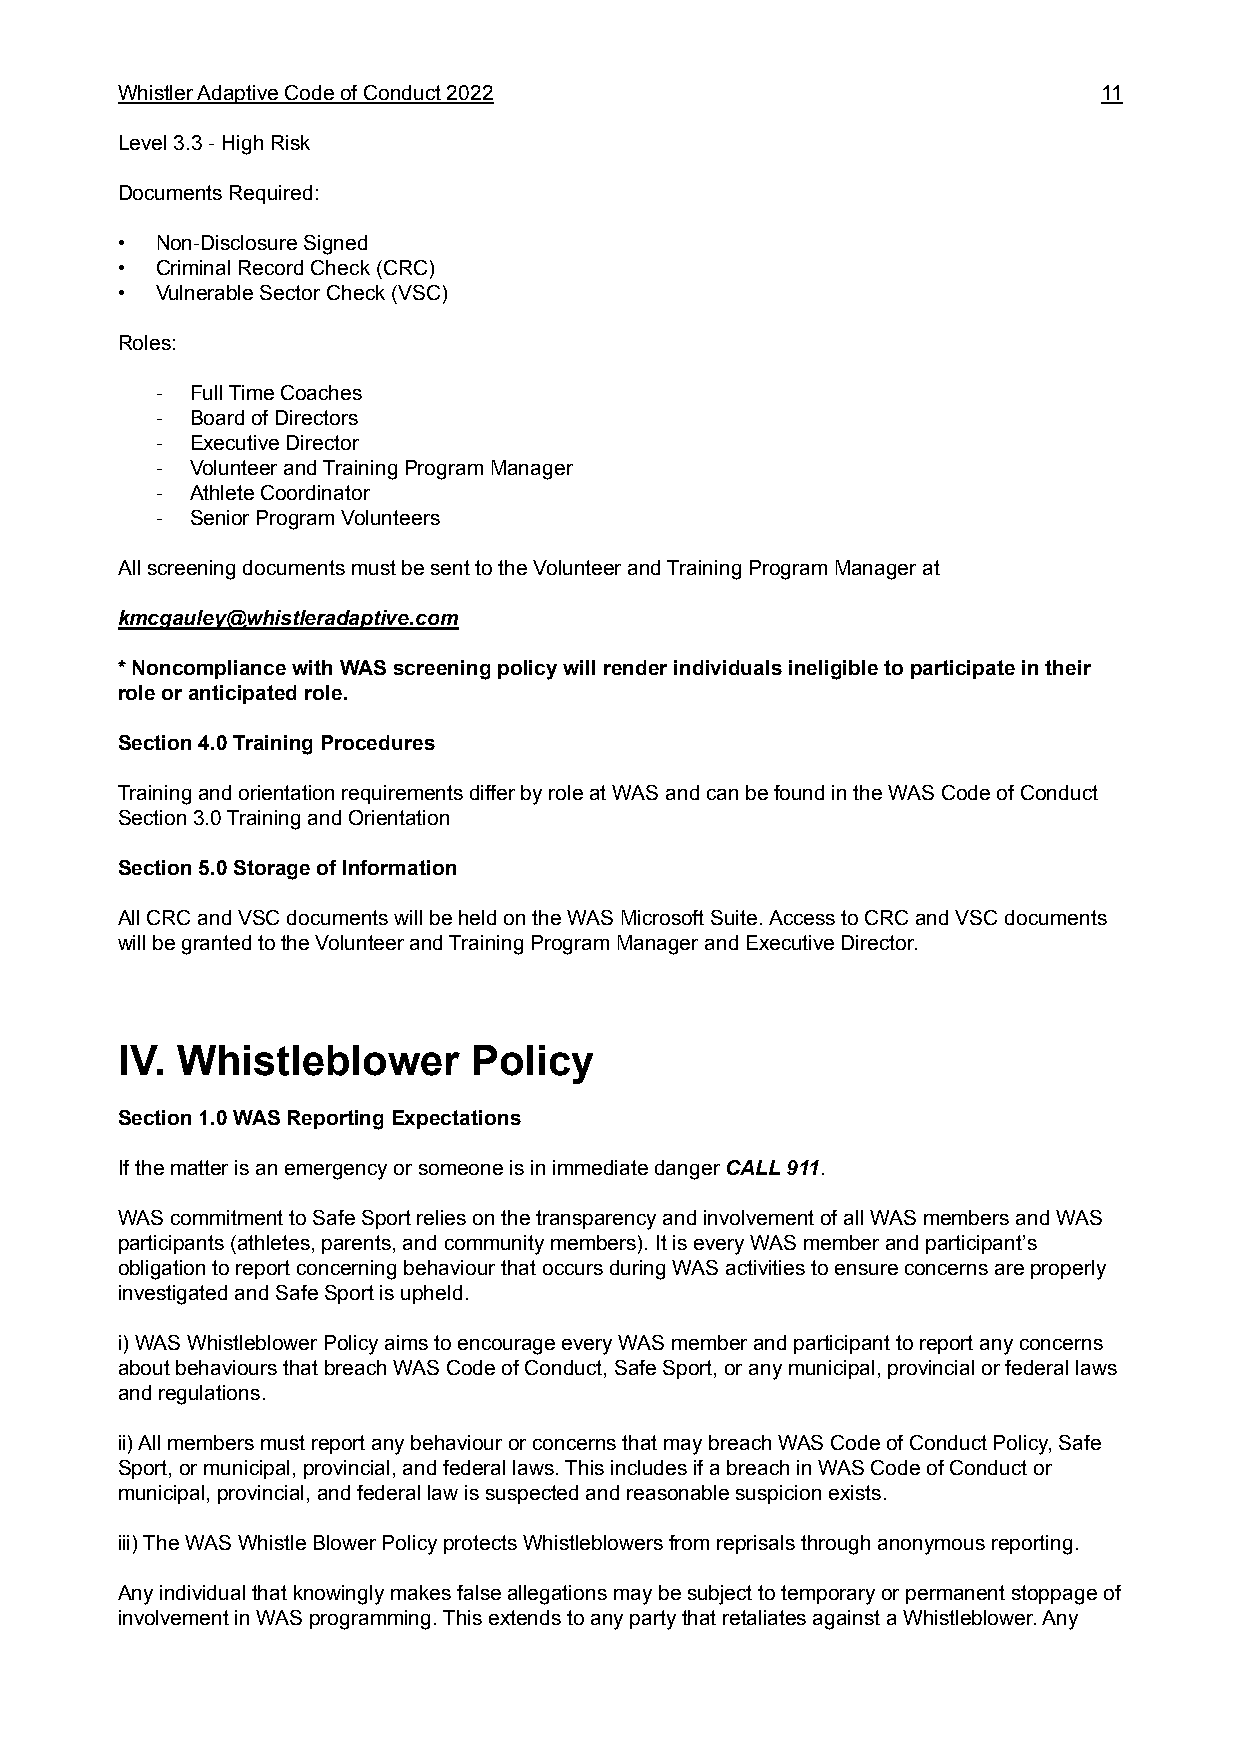
WhistlerAdaptiveCodeofConduct2022                                11
 Level3.3-HighRisk
 DocumentsRequired:
 • Non-DisclosureSigned
 • CriminalRecordCheck(CRC)
 • VulnerableSectorCheck(VSC)
 Roles:
 -  FullTimeCoaches
 -  BoardofDirectors
 -  ExecutiveDirector
 -  VolunteerandTrainingProgramManager
 -  AthleteCoordinator
 -  SeniorProgramVolunteers
 AllscreeningdocumentsmustbesenttotheVolunteerandTrainingProgramManagerat
 kmcgauley@whistleradaptive.com
 *NoncompliancewithWASscreeningpolicywillrenderindividualsineligibletoparticipateintheir
 roleoranticipatedrole.
 Section4.0TrainingProcedures
 TrainingandorientationrequirementsdifferbyroleatWASandcanbefoundintheWASCodeofConduct
 Section3.0TrainingandOrientation
 Section5.0StorageofInformation
 AllCRCandVSCdocumentswillbeheldontheWASMicrosoftSuite.AccesstoCRCandVSCdocuments
 willbegrantedtotheVolunteerandTrainingProgramManagerandExecutiveDirector.
 IV. Whistleblower      Policy
 Section1.0WASReportingExpectations
 IfthematterisanemergencyorsomeoneisinimmediatedangerCALL911.
 WAScommitmenttoSafeSportreliesonthetransparencyandinvolvementofallWASmembersandWAS
 participants(athletes,parents,andcommunitymembers).ItiseveryWASmemberandparticipant’s
 obligationtoreportconcerningbehaviourthatoccursduringWASactivitiestoensureconcernsareproperly
 investigatedandSafeSportisupheld.
 i)WASWhistleblowerPolicyaimstoencourageeveryWASmemberandparticipanttoreportanyconcerns
 aboutbehavioursthatbreachWASCodeofConduct,SafeSport,oranymunicipal,provincialorfederallaws
 andregulations.
 ii)AllmembersmustreportanybehaviourorconcernsthatmaybreachWASCodeofConductPolicy,Safe
 Sport,ormunicipal,provincial,andfederallaws.ThisincludesifabreachinWASCodeofConductor
 municipal,provincial,andfederallawissuspectedandreasonablesuspicionexists.
 iii)TheWASWhistleBlowerPolicyprotectsWhistleblowersfromreprisalsthroughanonymousreporting.
 Anyindividualthatknowinglymakesfalseallegationsmaybesubjecttotemporaryorpermanentstoppageof
 involvementinWASprogramming.ThisextendstoanypartythatretaliatesagainstaWhistleblower.Any